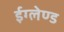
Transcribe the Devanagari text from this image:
ईग्‍लेण्‍ड